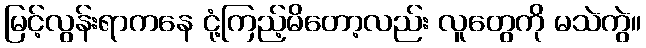
မြင့်လွန်းရာကနေ ငုံ့ကြည့်မိတော့လည်း လူတွေကို မသဲကွဲ။